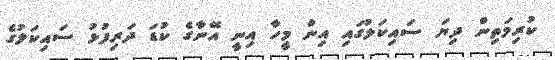
ކުރިމަތިން ދިޔަ ސައިކަލުގައި އިން މީހާ އިނީ އޭނާގެ ކުޑަ ދަރިފުޅު ސައިކަލުގެ